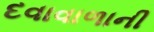
દવાવાળાની